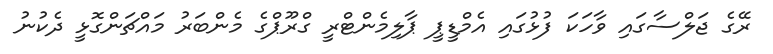
ރޭގެ ޖަލްސާގައި ވާހަކަ ފުޅުގައި އެމްޑީޕީ ޕާލިމެންޓްރީ ގްރޫޕްގެ މެންބަރު މައްޗަންގޮޅީ ދެކުނު